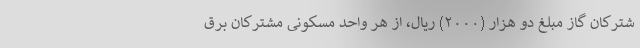
شترکان گاز مبلغ دو هزار (۲۰۰۰) ریال، از هر واحد مسکونی مشترکان برق